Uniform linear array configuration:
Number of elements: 48
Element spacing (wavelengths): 0.75
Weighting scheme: hann
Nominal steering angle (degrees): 60
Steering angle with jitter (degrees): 58.808
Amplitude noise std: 0.05
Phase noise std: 0.05

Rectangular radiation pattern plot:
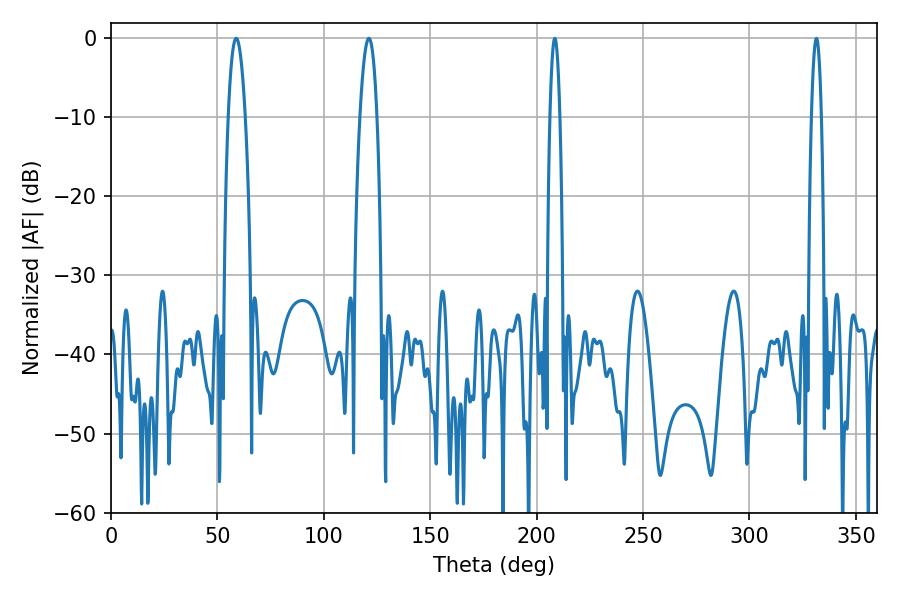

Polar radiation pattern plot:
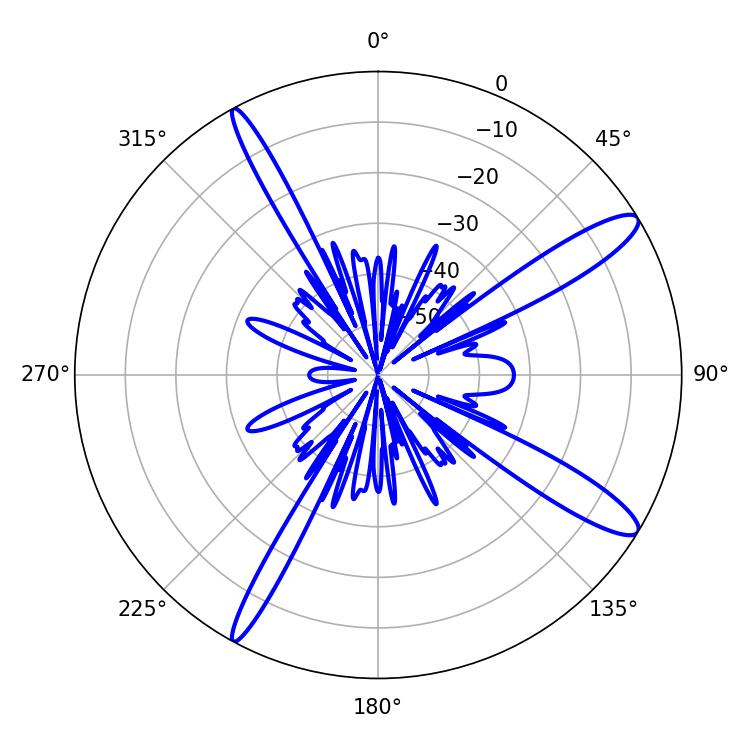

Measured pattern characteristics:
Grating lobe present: TRUE
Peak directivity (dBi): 13.173
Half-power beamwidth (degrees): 4.32
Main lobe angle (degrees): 58.86